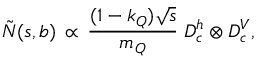
\tilde { N } ( s , b ) \, \propto \, \frac { ( 1 - k _ { Q } ) \sqrt { s } } { m _ { Q } } \; D _ { c } ^ { h } \otimes D _ { c } ^ { V } ,